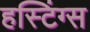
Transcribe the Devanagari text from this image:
हस्टिंग्स